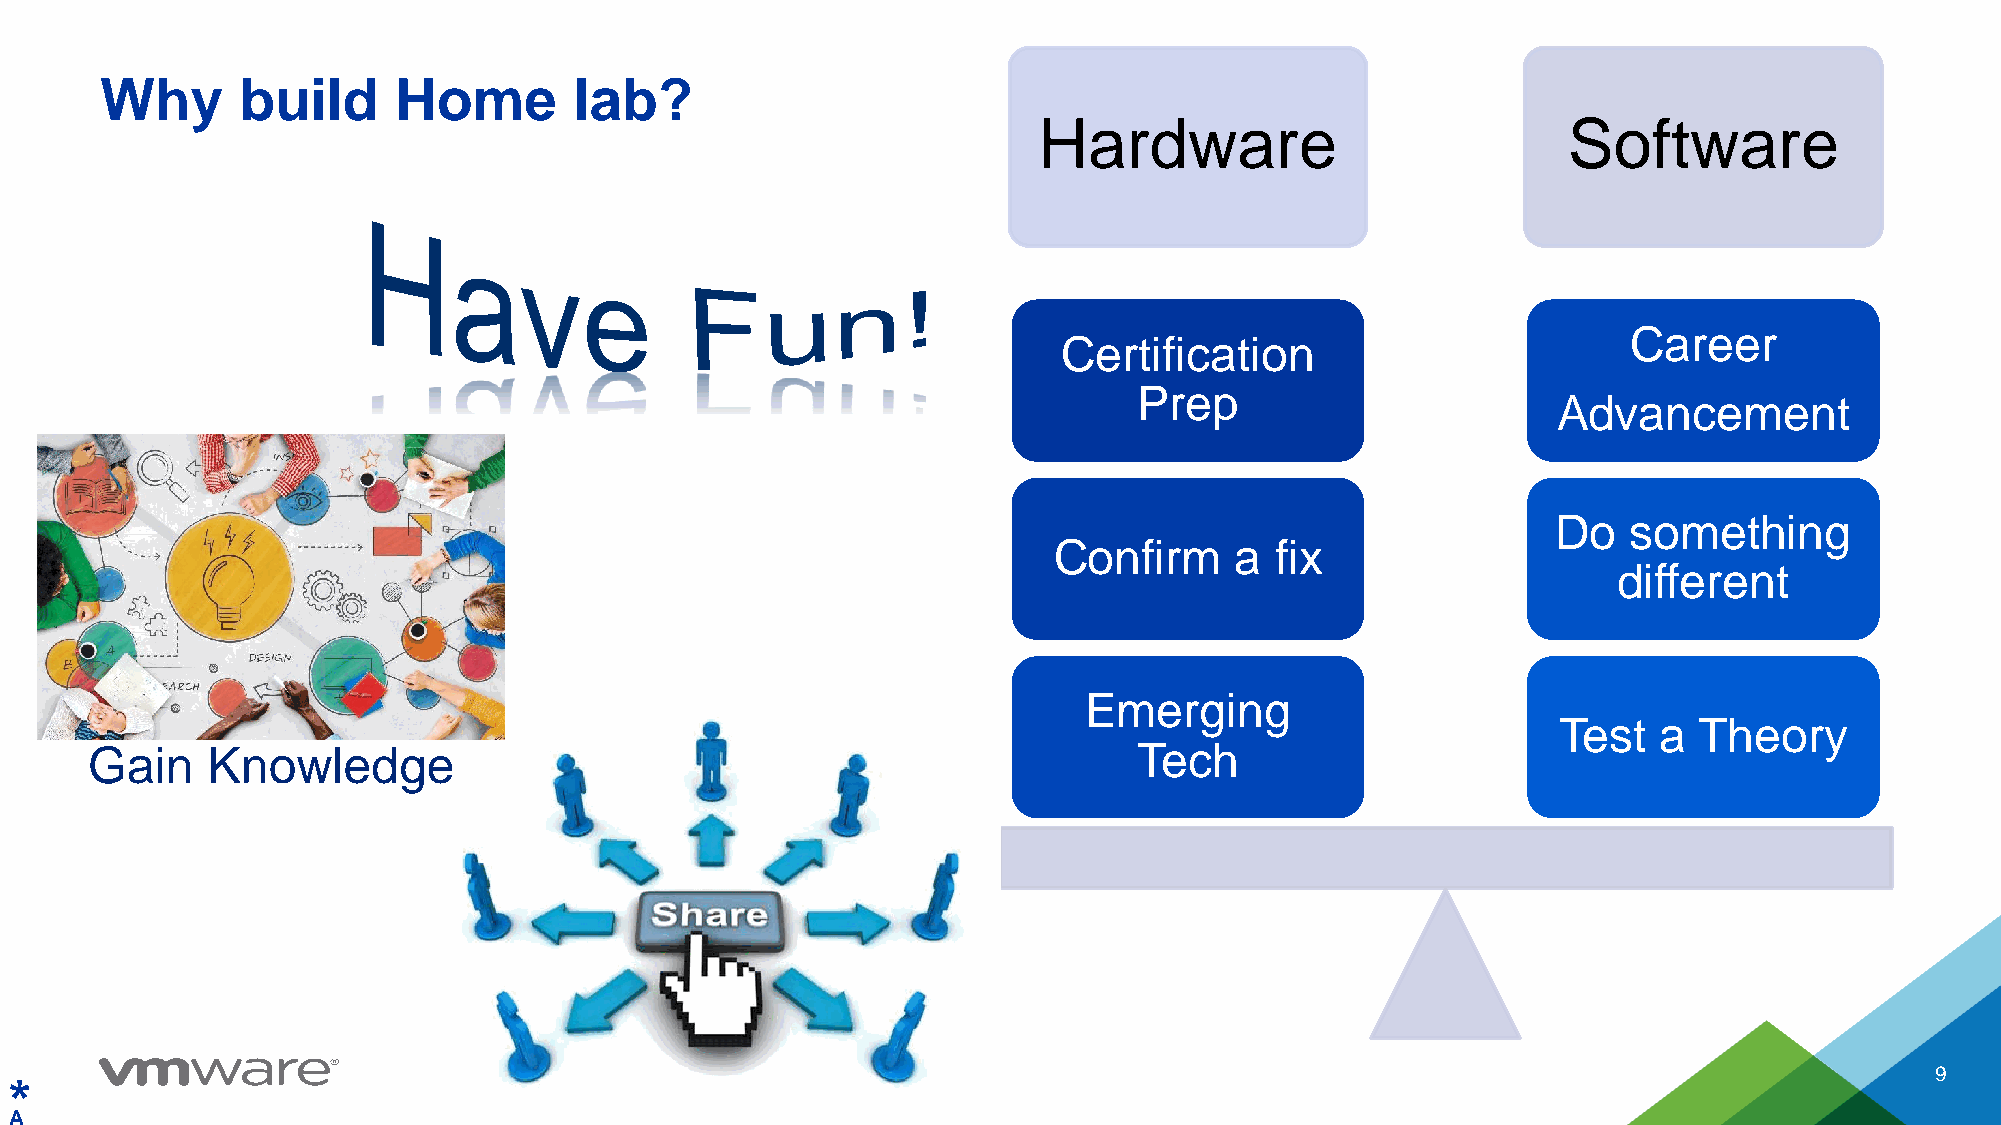
Why      build     Home        lab?
 Hardware                           Software
 Career
 Certification
 Prep
 Advancement
 Do   something
 Confirm     a fix
 different
 Emerging
 Test   a Theory
 Gain    Knowledge                                                    Tech
 9
 *
 A